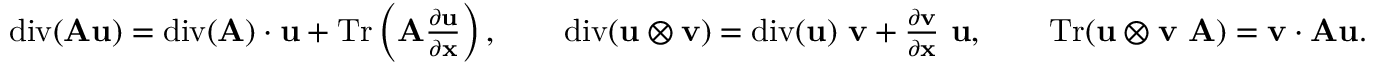
\begin{array} { r } { \mathrm { d i v } ( \mathbf { A } \mathbf { u } ) = \mathrm { d i v } ( \mathbf { A } ) \cdot \mathbf { u } + \mathrm { T r } \left( \mathbf { A } \frac { \partial \mathbf { u } } { \partial \mathbf { x } } \right) , \qquad \mathrm { d i v } ( \mathbf { u } \otimes \mathbf { v } ) = \mathrm { d i v } ( \mathbf { u } ) \ \mathbf { v } + \frac { \partial \mathbf { v } } { \partial \mathbf { x } } \ \mathbf { u } , \qquad \mathrm { T r } ( \mathbf { u } \otimes \mathbf { v } \ \mathbf { A } ) = \mathbf { v } \cdot \mathbf { A } \mathbf { u } . } \end{array}